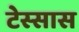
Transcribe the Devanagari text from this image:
टेस्सास